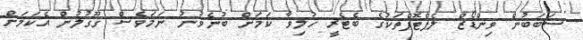
ސަބަބުން ވިންޑޯޒް ލެޕްޓޮޕްތަކުގެ ބެޓެރީ ހުލިވާ ކަމަށް ބުނެވުނު ނަމަވެސް ގޫގުލުން އެކަމަށް